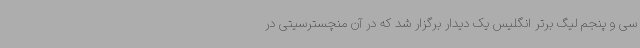
سی و پنجم لیگ برتر انگلیس یک دیدار برگزار شد که در آن منچسترسیتی در